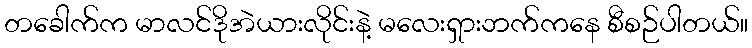
တခေါက်က မာလင်ဒိုအဲယားလိုင်းနဲ့ မလေးရှားဘက်ကနေ စီစဉ်ပါတယ်။